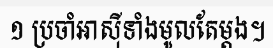
១ ប្រចាំអាស៊ីទាំងមូលតែម្តង។